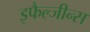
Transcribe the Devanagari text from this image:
इफैल्जीन्स